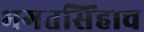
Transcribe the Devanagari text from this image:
भगतसिंहाच